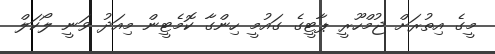
މީގެ އިތުރަށް ޖުމްހޫރީ ޕާޓީގެ ގައުމީ ހިންގާ ކޮމެޓީން މިއަދު ވަނީ ލޯކަލް